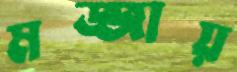
মজ্জায়